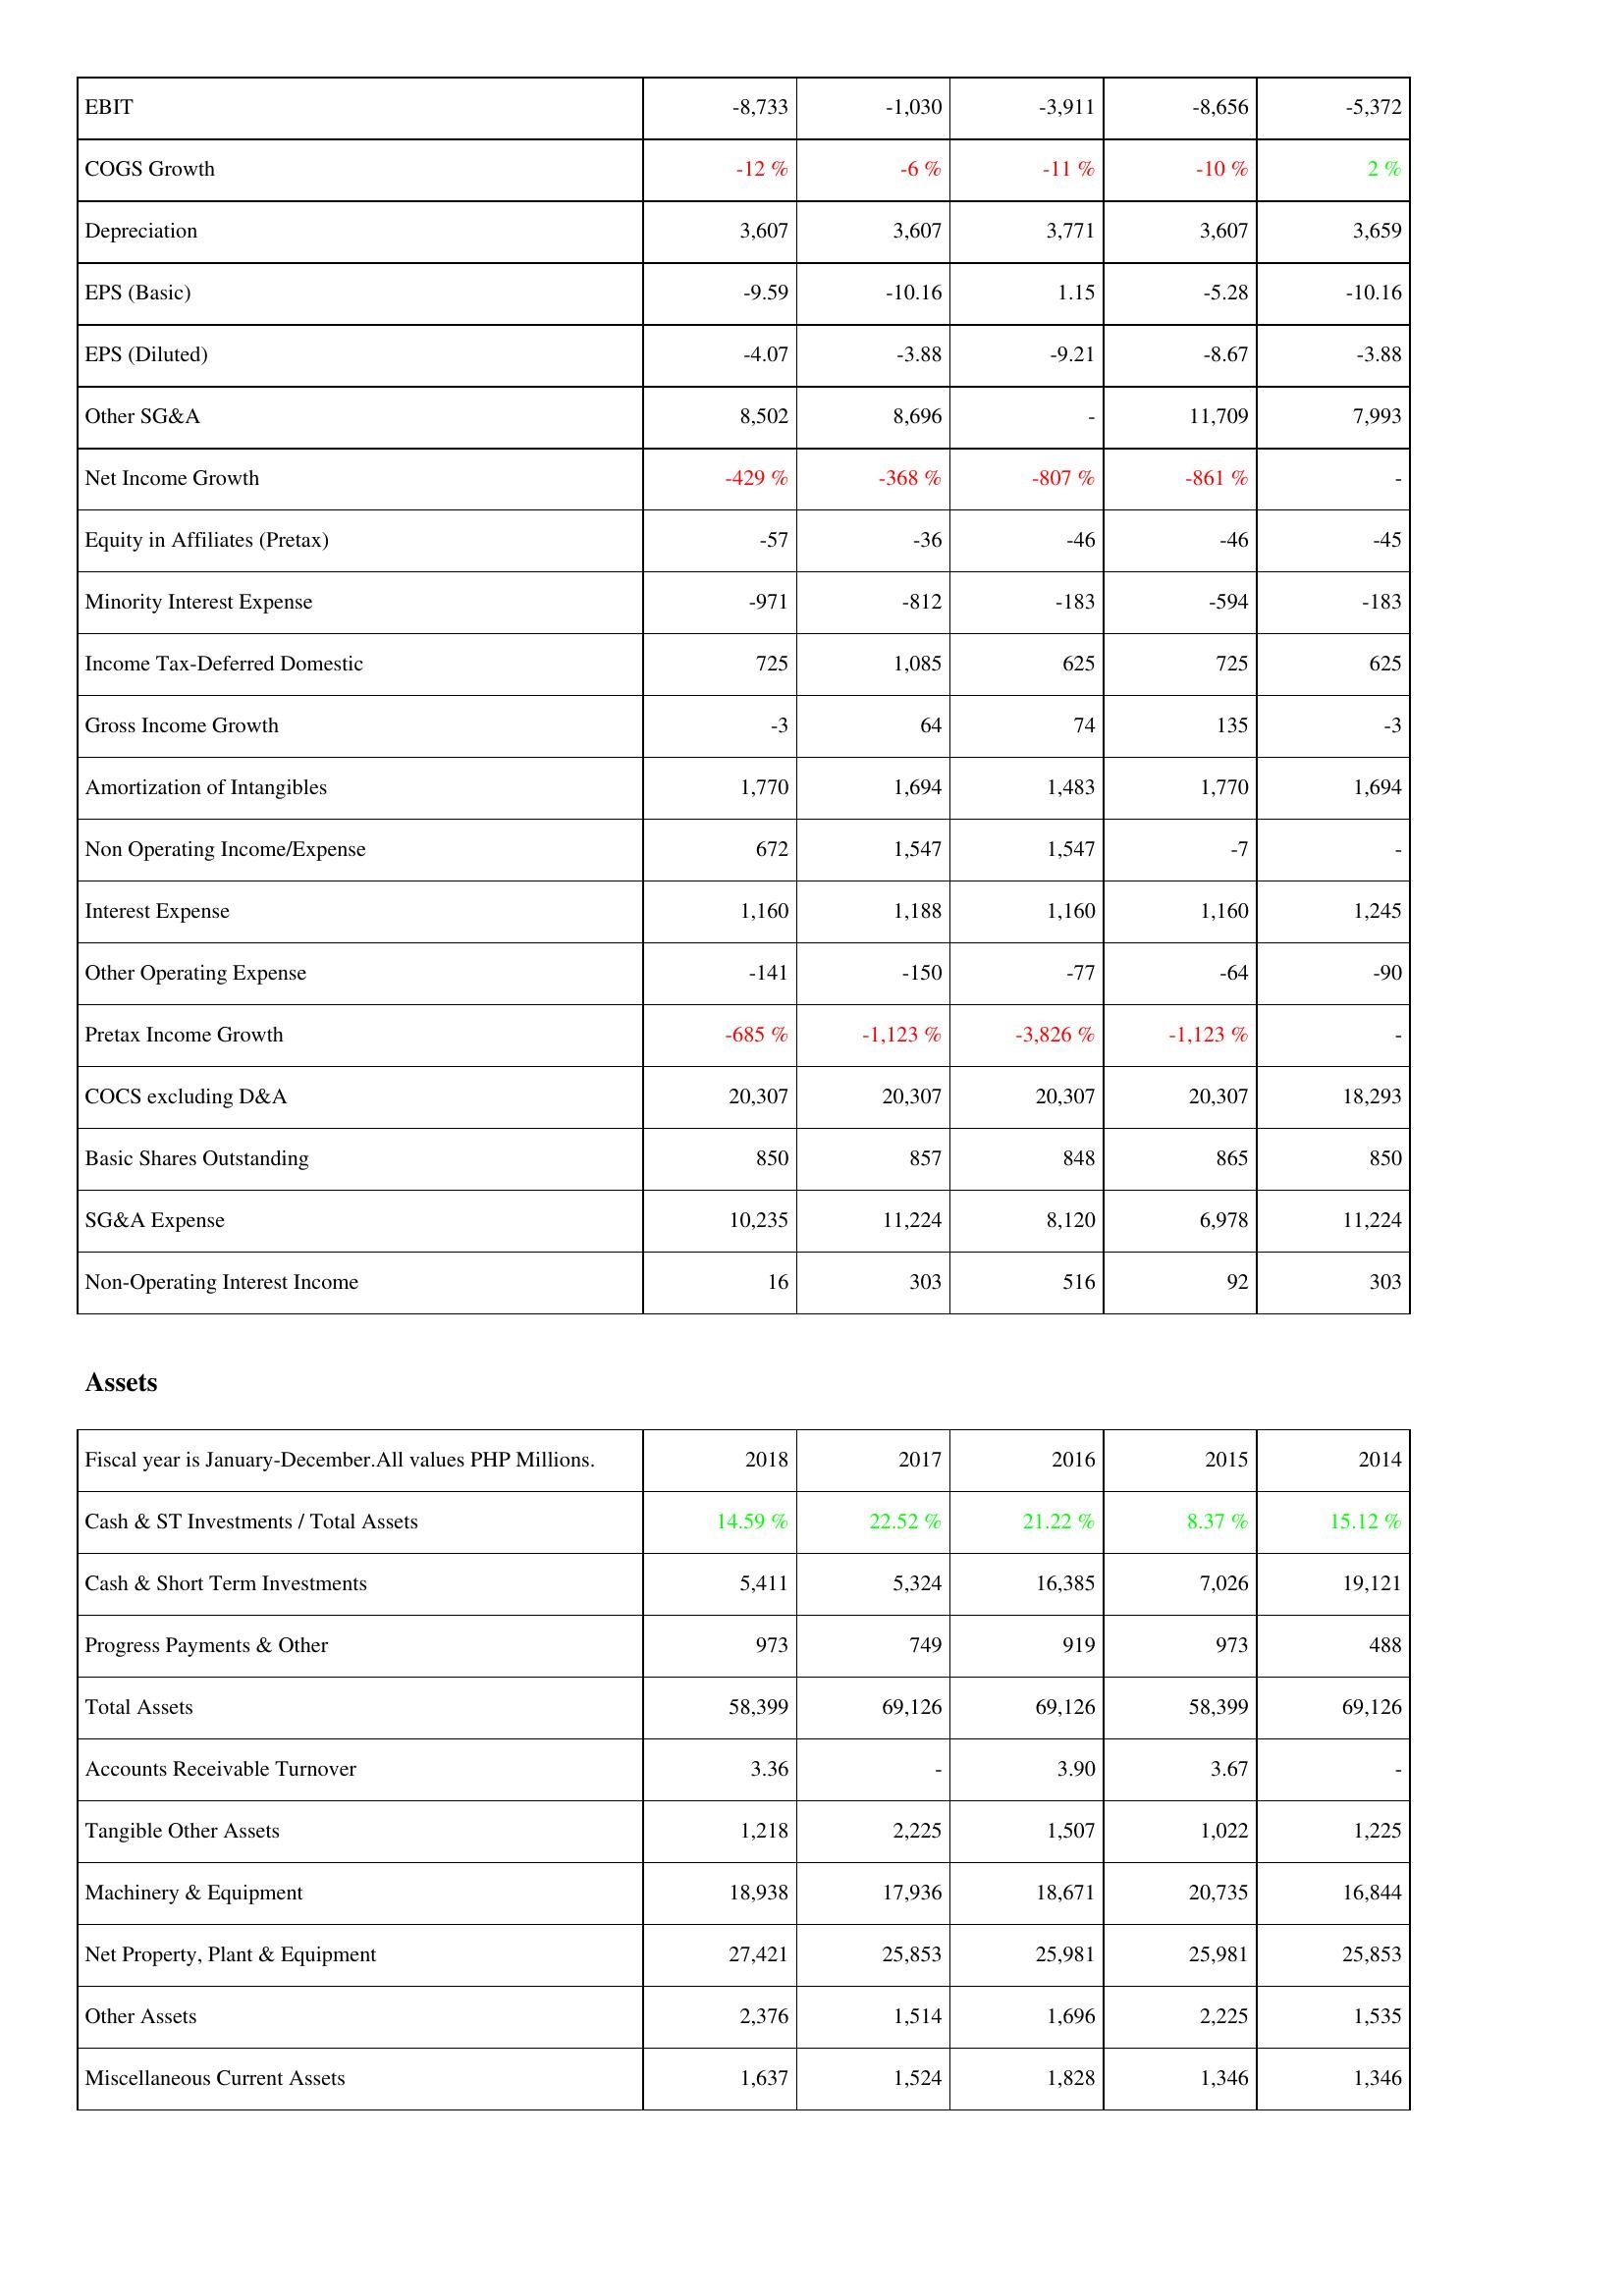
2018: Income Statement: EBIT: -8,733
COGS Growth: -12 %
Depreciation: 3,607
EPS (Basic): -9.59
EPS (Diluted): -4.07
Other SG&A: 8,502
Net Income Growth: -429 %
Equity in Affiliates (Pretax): -57
Minority Interest Expense: -971
Income Tax-Deferred Domestic: 725
Gross Income Growth: -3
Amortization of Intangibles: 1,770
Non Operating Income/Expense: 672
Interest Expense: 1,160
Other Operating Expense: -141
Pretax Income Growth: -685 %
COCS excluding D&A: 20,307
Basic Shares Outstanding: 850
SG&A Expense: 10,235
Non-Operating Interest Income: 16
Assets: Cash & ST Investments / Total Assets: 14.59 %
Cash & Short Term Investments: 5,411
Progress Payments & Other: 973
Total Assets: 58,399
Accounts Receivable Turnover: 3.36
Tangible Other Assets: 1,218
Machinery & Equipment: 18,938
Net Property, Plant & Equipment: 27,421
Other Assets: 2,376
Miscellaneous Current Assets: 1,637
2017: Income Statement: EBIT: -1,030
COGS Growth: -6 %
Depreciation: 3,607
EPS (Basic): -10.16
EPS (Diluted): -3.88
Other SG&A: 8,696
Net Income Growth: -368 %
Equity in Affiliates (Pretax): -36
Minority Interest Expense: -812
Income Tax-Deferred Domestic: 1,085
Gross Income Growth: 64
Amortization of Intangibles: 1,694
Non Operating Income/Expense: 1,547
Interest Expense: 1,188
Other Operating Expense: -150
Pretax Income Growth: -1,123 %
COCS excluding D&A: 20,307
Basic Shares Outstanding: 857
SG&A Expense: 11,224
Non-Operating Interest Income: 303
Assets: Cash & ST Investments / Total Assets: 22.52 %
Cash & Short Term Investments: 5,324
Progress Payments & Other: 749
Total Assets: 69,126
Accounts Receivable Turnover: -
Tangible Other Assets: 2,225
Machinery & Equipment: 17,936
Net Property, Plant & Equipment: 25,853
Other Assets: 1,514
Miscellaneous Current Assets: 1,524
2016: Income Statement: EBIT: -3,911
COGS Growth: -11 %
Depreciation: 3,771
EPS (Basic): 1.15
EPS (Diluted): -9.21
Other SG&A: -
Net Income Growth: -807 %
Equity in Affiliates (Pretax): -46
Minority Interest Expense: -183
Income Tax-Deferred Domestic: 625
Gross Income Growth: 74
Amortization of Intangibles: 1,483
Non Operating Income/Expense: 1,547
Interest Expense: 1,160
Other Operating Expense: -77
Pretax Income Growth: -3,826 %
COCS excluding D&A: 20,307
Basic Shares Outstanding: 848
SG&A Expense: 8,120
Non-Operating Interest Income: 516
Assets: Cash & ST Investments / Total Assets: 21.22 %
Cash & Short Term Investments: 16,385
Progress Payments & Other: 919
Total Assets: 69,126
Accounts Receivable Turnover: 3.90
Tangible Other Assets: 1,507
Machinery & Equipment: 18,671
Net Property, Plant & Equipment: 25,981
Other Assets: 1,696
Miscellaneous Current Assets: 1,828
2015: Income Statement: EBIT: -8,656
COGS Growth: -10 %
Depreciation: 3,607
EPS (Basic): -5.28
EPS (Diluted): -8.67
Other SG&A: 11,709
Net Income Growth: -861 %
Equity in Affiliates (Pretax): -46
Minority Interest Expense: -594
Income Tax-Deferred Domestic: 725
Gross Income Growth: 135
Amortization of Intangibles: 1,770
Non Operating Income/Expense: -7
Interest Expense: 1,160
Other Operating Expense: -64
Pretax Income Growth: -1,123 %
COCS excluding D&A: 20,307
Basic Shares Outstanding: 865
SG&A Expense: 6,978
Non-Operating Interest Income: 92
Assets: Cash & ST Investments / Total Assets: 8.37 %
Cash & Short Term Investments: 7,026
Progress Payments & Other: 973
Total Assets: 58,399
Accounts Receivable Turnover: 3.67
Tangible Other Assets: 1,022
Machinery & Equipment: 20,735
Net Property, Plant & Equipment: 25,981
Other Assets: 2,225
Miscellaneous Current Assets: 1,346
2014: Income Statement: EBIT: -5,372
COGS Growth: 2 %
Depreciation: 3,659
EPS (Basic): -10.16
EPS (Diluted): -3.88
Other SG&A: 7,993
Net Income Growth: -
Equity in Affiliates (Pretax): -45
Minority Interest Expense: -183
Income Tax-Deferred Domestic: 625
Gross Income Growth: -3
Amortization of Intangibles: 1,694
Non Operating Income/Expense: -
Interest Expense: 1,245
Other Operating Expense: -90
Pretax Income Growth: -
COCS excluding D&A: 18,293
Basic Shares Outstanding: 850
SG&A Expense: 11,224
Non-Operating Interest Income: 303
Assets: Cash & ST Investments / Total Assets: 15.12 %
Cash & Short Term Investments: 19,121
Progress Payments & Other: 488
Total Assets: 69,126
Accounts Receivable Turnover: -
Tangible Other Assets: 1,225
Machinery & Equipment: 16,844
Net Property, Plant & Equipment: 25,853
Other Assets: 1,535
Miscellaneous Current Assets: 1,346